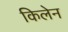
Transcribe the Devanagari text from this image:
किलेन